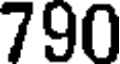
790